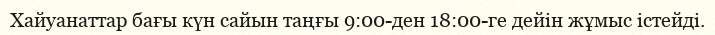
Хайуанаттар бағы күн сайын таңғы 9:00-ден 18:00-ге дейін жұмыс істейді.